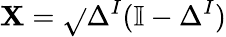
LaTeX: \mathbf{X}=\sqrt{}{{\Delta^{I}(\mathbb{{I}}-\Delta^{I})}}